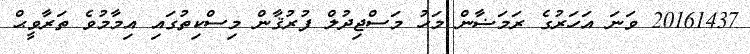
20161437 ވަނަ އަހަރުގެ ރަމަޟާން މަހު މަސްޖިދުލް ފުރުޤާން މިސްކިތުގައި އިމާމުވެ ތަރާވީޙް